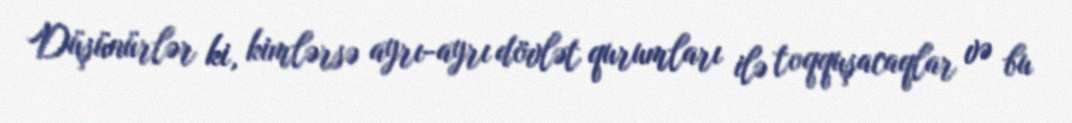
Düşünürlər ki, kimlərsə ayrı-ayrı dövlət qurumları ilə toqquşacaqlar və bu